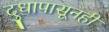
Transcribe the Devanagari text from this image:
दुधापासूनही